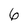
Character: 6